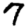
Digit: 7